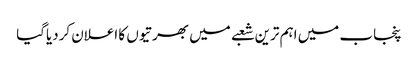
پنجاب میں اہم ترین شعبے میں بھرتیوں کا اعلان کردیاگیا